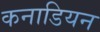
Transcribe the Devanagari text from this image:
कनाडियन